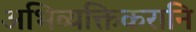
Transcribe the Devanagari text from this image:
अभिव्यक्तिकरानि